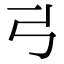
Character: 𢎜